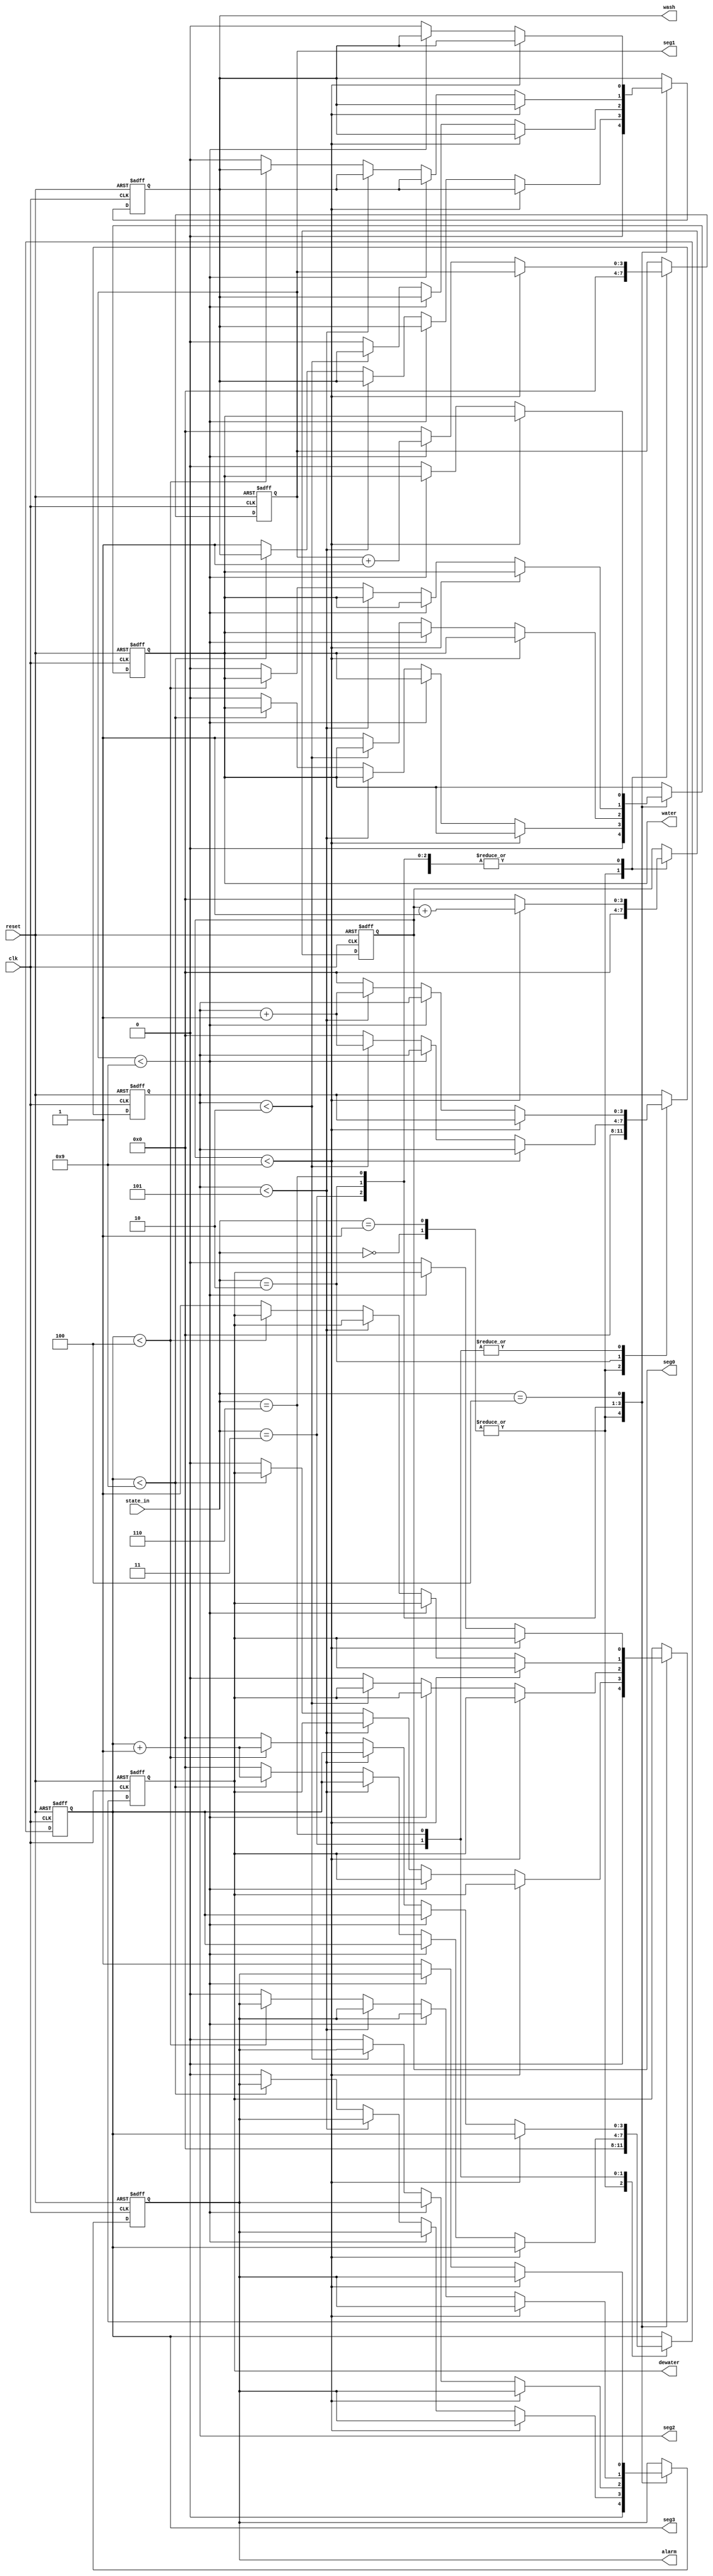
module TimeCounter(
	input wire clk,
	input wire reset,//
	//
	input wire [2:0] state_in,
	//
	//
	output wire wash, //
	output wire water,//
	output wire dewater,//
	output wire alarm,//
	//30
	output wire [3:0] seg3,
	output wire [3:0] seg2,
	output wire [3:0] seg1,
	output wire [3:0] seg0
);
//,,
parameter st0_idle = 	3'b000;//
parameter st1_supply =  3'b001;//
parameter st2_wash =    3'b011;//
parameter st3_water =   3'b010;//
parameter st4_dewater = 3'b110;//
parameter st5_alarm =   3'b100;//

//30100.1
//1061010
//2^4=16106
reg [3:0] ctseg3 = 4'b0000;
reg [3:0] ctseg2 = 4'b0000;
reg [3:0] ctseg1 = 4'b0000;
reg [3:0] ctseg0 = 4'b0000;

//
reg washsig = 1'b0;//
reg watersig = 1'b0;//
reg dewatersig = 1'b0;//
reg alarmsig = 1'b0;//

always @(posedge clk or negedge reset) begin
	if(!reset) begin //
		ctseg3 <= 4'b0000;
		ctseg2 <= 4'b0000;
		ctseg1 <= 4'b0000;
		ctseg0 <= 4'b0000;
		washsig <= 1'b0;
		watersig <= 1'b0;
		dewatersig <= 1'b0;
		alarmsig <= 1'b0;	
	end else begin
			case (state_in)
				st0_idle: begin //
				//
					ctseg3 <= 4'b0000;
					ctseg2 <= 4'b0000;
					ctseg1 <= 4'b0000;
					ctseg0 <= 4'b0000;
				//
					washsig 		<= 1'b0;
					watersig 	<= 1'b0;
					dewatersig 	<= 1'b0;
					alarmsig 	<= 1'b0;	
				end
				st1_supply: begin //
				//
					ctseg3 <= 4'b0000;
					ctseg2 <= 4'b0000;
					ctseg1 <= 4'b0000;
					ctseg0 <= 4'b0000;
				//
					washsig 		<= 1'b0;
					watersig 	<= 1'b0;
					dewatersig 	<= 1'b0;
					alarmsig 	<= 1'b0;	
				end
				st2_wash: begin //
				//10min
				if(ctseg0<4'b1001)
				begin
					ctseg0 <= ctseg0 + 1'b1;
				end 
				else begin
					ctseg0 <= 4'b0000;
						if(ctseg1<4'b1001)
						begin ctseg1 <= ctseg1 + 1'b1; end 
						else begin
						ctseg1 <= 4'b0000;
							if(ctseg2<4'b0101)
							begin ctseg2 <= ctseg2 + 1'b1; end
							else begin
							ctseg2 <= 4'b0000;
								if(ctseg3<4'b1001)
								begin ctseg3 <= ctseg3 + 1'b1; end 
								else begin ctseg3 <= 4'b0000;
								//  
								washsig 		<= 1'b1;
								watersig 	<= 1'b0;
								dewatersig 	<= 1'b0;
								alarmsig 	<= 1'b0;	
													end
											end				
								end				
					  end
				end
				st3_water: begin //
				//30s
				if(ctseg0<4'b1001)
				begin
					ctseg0 <= ctseg0 + 1'b1;
				end 
				else begin
					ctseg0 <= 4'b0000;
						if(ctseg1<4'b1001)
						begin ctseg1 <= ctseg1 + 1'b1; end 
						else begin
						ctseg1 <= 4'b0000;
							if(ctseg2<4'b0010)
							begin ctseg2 <= ctseg2 + 1'b1; end
							else begin
							ctseg2 <= 4'b0000;
									// 
									washsig		<= 1'b0;
									watersig 	<= 1'b1;
									dewatersig 	<= 1'b0;
									alarmsig 	<= 1'b0;	
												 end				
								  end				
					  end

				end
				st4_dewater: begin //
				//5min
				if(ctseg0<4'b1001)
				begin
					ctseg0 <= ctseg0 + 1'b1;
				end 
				else begin
					ctseg0 <= 4'b0000;
						if(ctseg1<4'b1001)
						begin ctseg1 <= ctseg1 + 1'b1; end 
						else begin
						ctseg1 <= 4'b0000;
								if(ctseg2<4'b0101)
								begin ctseg2 <= ctseg2 + 1'b1; end
								else begin
								ctseg2 <= 4'b0000;
										if(ctseg3<4'b0100)
										begin ctseg3 <= ctseg3 + 1'b1; end 
										else begin ctseg3 <= 4'b0000;
													//
												washsig 		<= 1'b0;
												watersig 	<= 1'b0;
												dewatersig 	<= 1'b1;
												alarmsig 	<= 1'b0;	
											end
									end				
							 end				
					  end
	
				end
				st5_alarm: begin //
				//10s
				if(ctseg0<4'b1001)
				begin
					ctseg0 <= ctseg0 + 1'b1;
				end 
				else begin
					ctseg0 <= 4'b0000;
						if(ctseg1<4'b1001)
						begin ctseg1 <= ctseg1 + 1'b1; end 
							else begin
								ctseg1 <= 4'b0000;
								//
								washsig 		<= 1'b0;
								watersig 	<= 1'b0;
								dewatersig 	<= 1'b0;
								alarmsig 	<= 1'b1;	
							 end				
					  end				
				end

			endcase
		end
		
	end
	
	assign seg3 = ctseg3;
	assign seg2 = ctseg2;
	assign seg1 = ctseg1;
	assign seg0 = ctseg0;
	
	assign wash = washsig;
	assign water = watersig;
	assign dewater = dewatersig;
	assign alarm = alarmsig;
	
endmodule